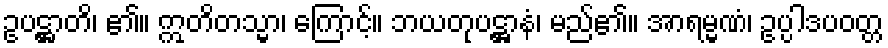
ဥပဋ္ဌာတိ၊ ၏။ ဣတိတသ္မာ၊ ကြောင့်။ ဘယတုပဋ္ဌာနံ၊ မည်၏။ အာရမ္မဏံ၊ ဥပ္ပါဒပဝတ္တ